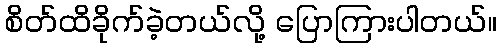
စိတ်ထိခိုက်ခဲ့တယ်လို့ ပြောကြားပါတယ်။